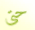
حتى